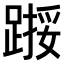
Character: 𫏙